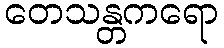
တေသန္တကရော